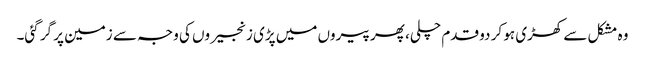
وہ مشکل سے کھڑی ہو کر دو قدم چلی، پھر پیروں میں پڑی زنجیروں کی وجہ سے زمین پر گر گئی۔